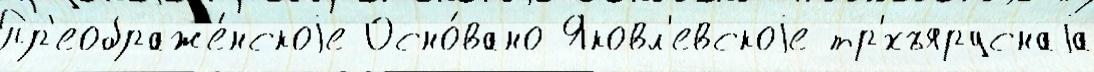
Пр'еображе́нскоjе Осно́вано Яковл'евскоjе тр'́хъяруснаjа